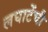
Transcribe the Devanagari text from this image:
लघाटेंची